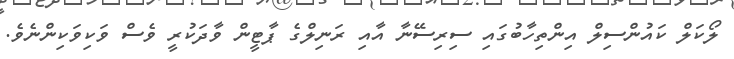
ލޯކަލް ކައުންސިލް އިންތިހާބުގައި ސިރިސޭނާ އާއި ރަނިލްގެ ޕާޓީން ވާދަކުރީ ވެސް ވަކިވަކިންނެވެ.